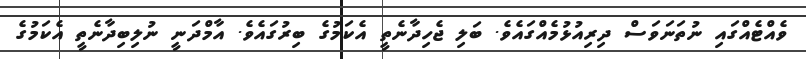
ވެއްޓެއްގައި ނުތަނަވަސް ދިރިއުޅުމެއްގައެވެ. ބަލި ޖެހިދާނެތީ އެކަމުގެ ބިރުގައެވެ. އާމްދަނީ ނުލިބިދާނެތީ އެކަމުގެ